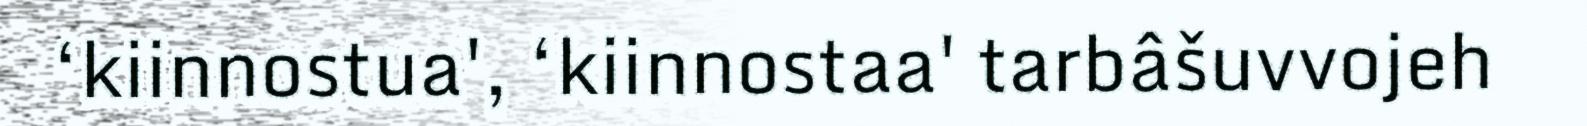
‘kiinnostua', ‘kiinnostaa' tarbâšuvvojeh